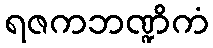
ရဇကဘဏ္ဍိကံ